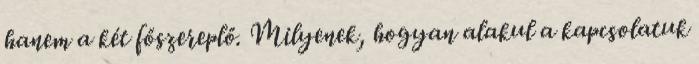
hanem a két főszereplő. Milyenek, hogyan alakul a kapcsolatuk